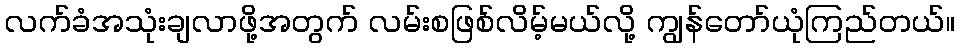
လက်ခံအသုံးချလာဖို့အတွက် လမ်းစဖြစ်လိမ့်မယ်လို့ ကျွန်တော်ယုံကြည်တယ်။